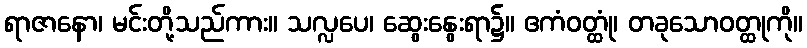
ရာဇာနော၊ မင်းတို့သည်ကား။ သလ္လပေ၊ ဆွေးနွေးရာ၌။ ဧကံဝတ္ထုံ၊ တခုသောဝတ္ထုကို။